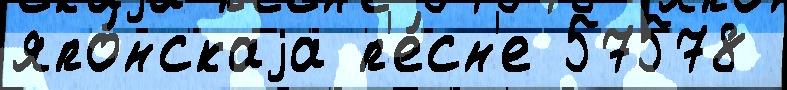
япо́нскаjа п'е́сн'е 57578